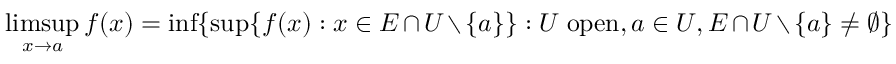
\operatorname* { l i m s u p } _ { x \to a } f ( x ) = \operatorname* { i n f } \{ \operatorname* { s u p } \{ f ( x ) : x \in E \cap U \setminus \{ a \} \} : U \ \mathrm { o p e n } , a \in U , E \cap U \setminus \{ a \} \neq \emptyset \}